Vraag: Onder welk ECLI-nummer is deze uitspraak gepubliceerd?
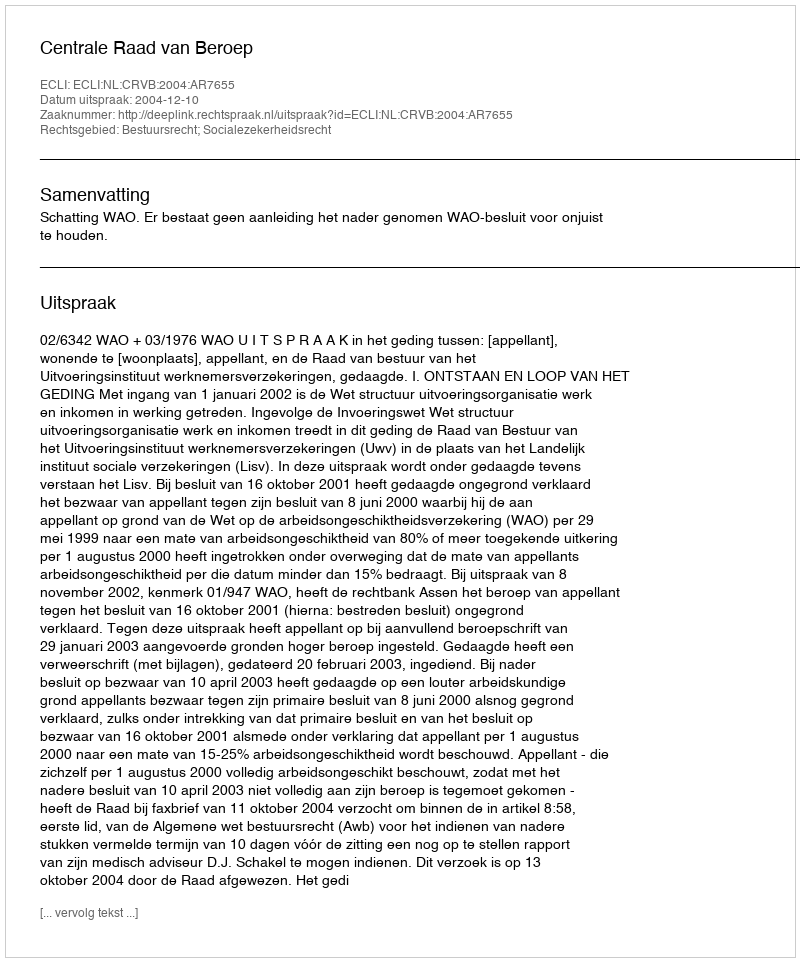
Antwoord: ECLI:NL:CRVB:2004:AR7655